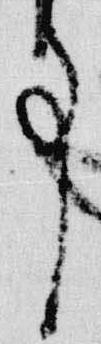
事